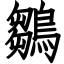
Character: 鶵